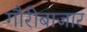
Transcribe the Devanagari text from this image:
गौरीबाजार